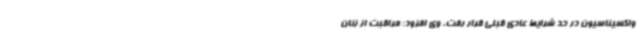
واکسیناسیون در حد شرایط عادی قبلی قرار رفت. وی افزود: مراقبت از زنان